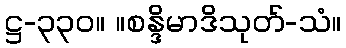
ဋ္ဌ-၃၃၀။ ။စန္ဒိမာဒိသုတ်-သံ။